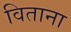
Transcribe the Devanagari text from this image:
विताना